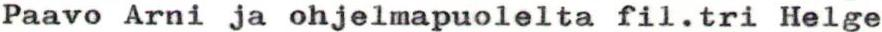
Paavo Arni ja ohjelmapuolelta fil.tri Helge